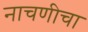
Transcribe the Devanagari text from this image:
नाचणीचा